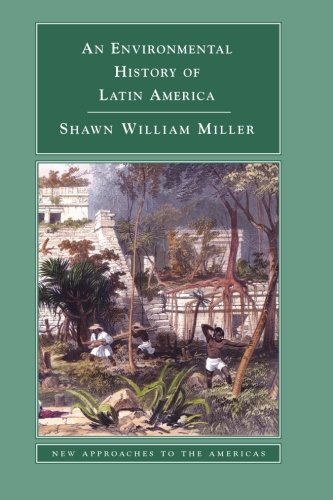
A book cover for An Environmental History of Latin America (New Approaches to the Americas); Shawn William Miller; History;